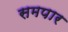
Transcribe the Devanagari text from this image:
समपार